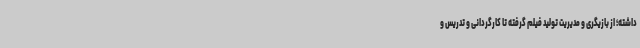
داشته؛ از بازیگری و مدیریت تولید فیلم گرفته تا کارگردانی و تدریس و